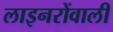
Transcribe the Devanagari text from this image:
लाइनरोंवाली